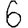
Digit: 6